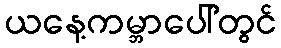
ယနေ့ကမ္ဘာပေါ်တွင်